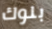
بلوك